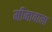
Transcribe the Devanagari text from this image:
मीनावाला